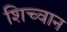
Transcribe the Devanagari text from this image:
शिच्वान